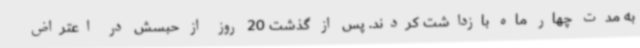
به مدت چهار ماه بازداشت کردند. پس از گذشت 20 روز از حبسش در اعتراض